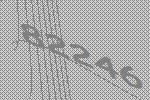
82246